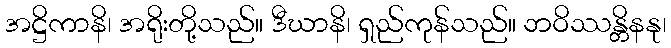
အဋ္ဌိကာနိ၊ အရိုးတို့သည်။ ဒီဃာနိ၊ ရှည်ကုန်သည်။ ဘဝိဿန္တိနနု၊